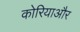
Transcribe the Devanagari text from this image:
कोरियाऔर